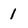
Character: 1